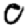
Digit: 0